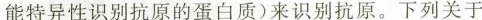
能特异性识别抗原的蛋白质)来识别抗原。下列关于